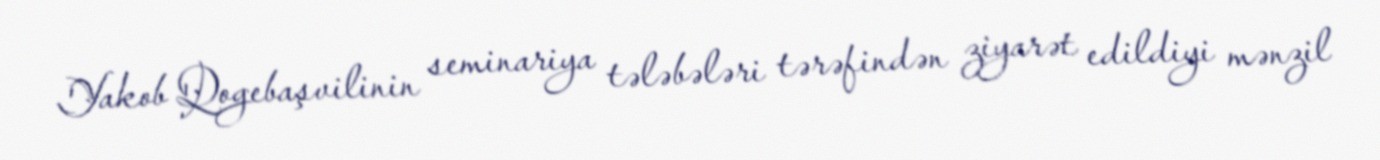
Yakob Qogebaşvilinin seminariya tələbələri tərəfindən ziyarət edildiyi mənzil